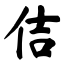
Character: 佶